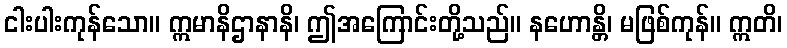
ငါးပါးကုန်သော။ ဣမာနိဌာနာနိ၊ ဤအကြောင်းတို့သည်။ နဟောန္တိ၊ မဖြစ်ကုန်။ ဣတိ၊